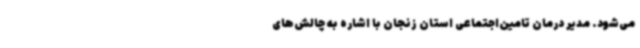
می‌شود. مدیر درمان تامین‌اجتماعی استان زنجان با اشاره به چالش‌های